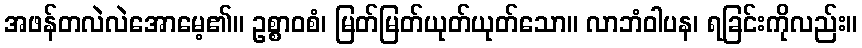
အဖန်တလဲလဲအောမေ့၏။ ဥစ္စာဝစံ၊ မြတ်မြတ်ယုတ်ယုတ်သော။ လာဘံဝါပန၊ ရခြင်းကိုလည်း။